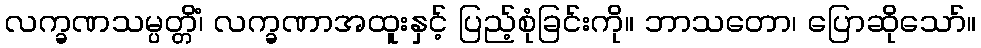
လက္ခဏသမ္ပတ္တိံ၊ လက္ခဏာအထူးနှင့် ပြည့်စုံခြင်းကို။ ဘာသတော၊ ပြောဆိုသော်။